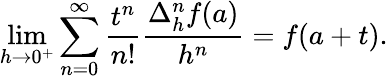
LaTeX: \operatorname*{lim}_{h\to 0^{+}}\sum_{n=0}^{\infty}{\frac{t^{n}}{n!}}{\frac{\Delta_{h}^{n}f(a)}{h^{n}}}=f(a+t).